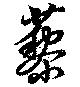
蔾